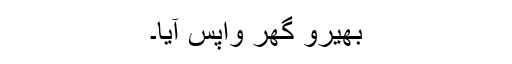
بھیرو گھر واپس آیا۔